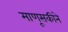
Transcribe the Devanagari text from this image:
माणूसकीने